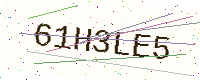
Text: 61H3LE5